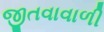
જીતવાવાળી